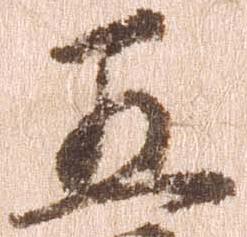
五